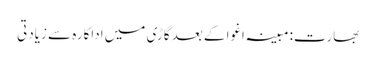
بھارت: مبینہ اغوا کے بعد گاڑی میں اداکارہ سے زیادتی